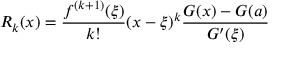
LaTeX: R _ { k } ( x ) = { \frac { f ^ { ( k + 1 ) } ( \xi ) } { k ! } } ( x - \xi ) ^ { k } { \frac { G ( x ) - G ( a ) } { G ^ { \prime } ( \xi ) } }